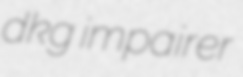
dkg impairer